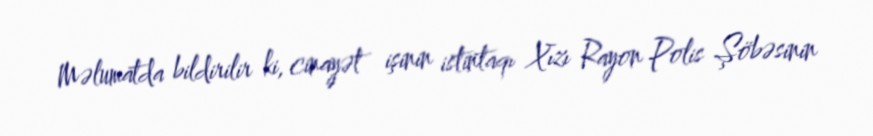
Məlumatda bildirilir ki, cinayət işinin istintaqı Xızı Rayon Polis Şöbəsinin